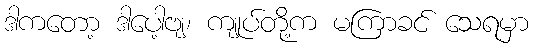
ဒါကတော့ ဒါပေါ့ဗျ၊ ကျုပ်တို့က မကြာခင် သေရမှာ